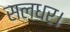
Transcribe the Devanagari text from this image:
सलधर।